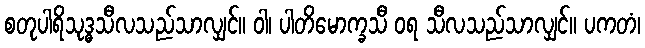
စတုပါရိသုဒ္ဓသီလသည်သာလျှင်။ ဝါ၊ ပါတိမောက္ခသီ ဝရ သီလသည်သာလျှင်။ ပကတံ၊